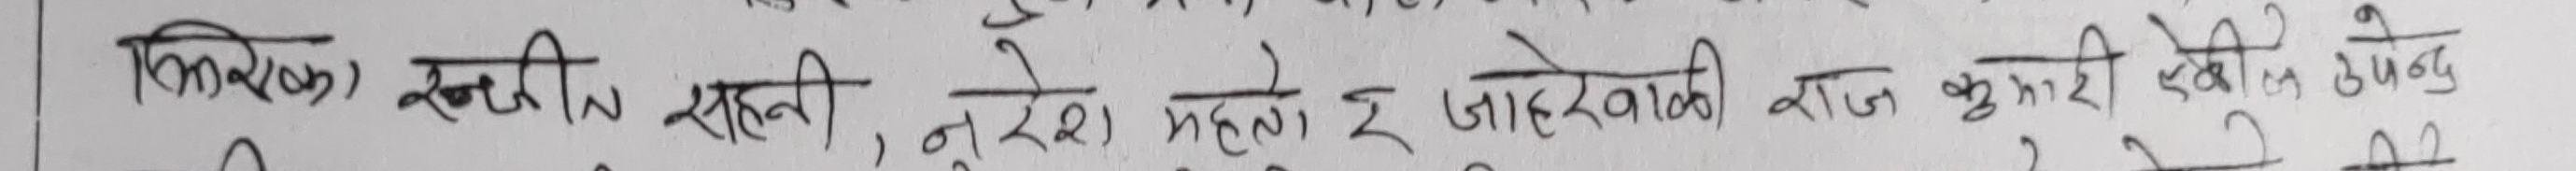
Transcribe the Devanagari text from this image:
किशोरीक) रन्जीत साहनी, नुरे महतो ई जाहेरवाली राज कुमारी एवं उपेन्द्र